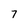
Character: 7